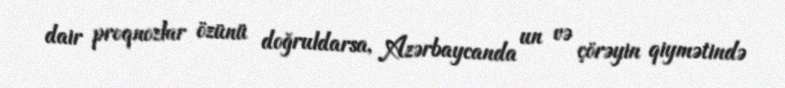
dair proqnozlar özünü doğruldarsa, Azərbaycanda un və çörəyin qiymətində